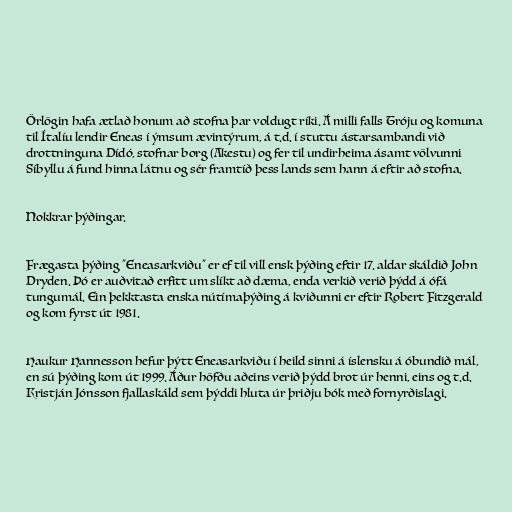
Örlögin hafa ætlað honum að stofna þar voldugt ríki. Á milli falls Tróju og komuna
til Ítalíu lendir Eneas í ýmsum ævintýrum, á t.d. í stuttu ástarsambandi við
drottninguna Dídó, stofnar borg (Akestu) og fer til undirheima ásamt völvunni
Síbyllu á fund hinna látnu og sér framtíð þess lands sem hann á eftir að stofna.

Nokkrar þýðingar.

Frægasta þýðing "Eneasarkviðu" er ef til vill ensk þýðing eftir 17. aldar skáldið John
Dryden. Þó er auðvitað erfitt um slíkt að dæma, enda verkið verið þýdd á ófá
tungumál. Ein þekktasta enska nútímaþýðing á kviðunni er eftir Robert Fitzgerald
og kom fyrst út 1981.

Haukur Hannesson hefur þýtt Eneasarkviðu í heild sinni á íslensku á óbundið mál,
en sú þýðing kom út 1999. Áður höfðu aðeins verið þýdd brot úr henni, eins og t.d.
Kristján Jónsson fjallaskáld sem þýddi hluta úr þriðju bók með fornyrðislagi.